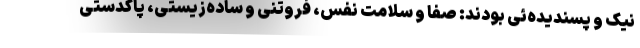
نیک و پسندیده‌ئی بودند: صفا و سلامت نفس، فروتنی و ساده‌زیستی، پاکدستی